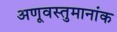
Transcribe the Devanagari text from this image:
अणूवस्तुमानांक